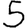
Digit: 5